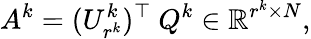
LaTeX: A^{k}=(U_{r^{k}}^{k})^{\top}\ Q^{k}\in\mathbb{R}^{r^{k}\times N},